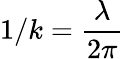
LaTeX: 1/k=\frac{\lambda}{2\pi}